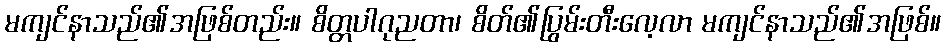
မကျင်နာသည်၏အဖြစ်တည်း။ စိတ္တပါဂုညတာ၊ စိတ်၏ပြွမ်းတီးလေ့လာ မကျင်နာသည်၏အဖြစ်။